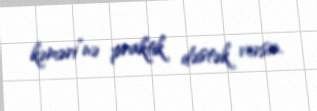
kəməri”nə praktik dəstək versin.